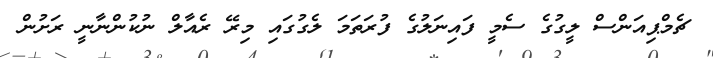
ޗެމްޕިއަންސް ލީގުގެ ސެމީ ފައިނަލުގެ ފުރަތަމަ ލެގުގައި މިރޭ ރެއާލް ނުކުންނާނީ ރަށުން